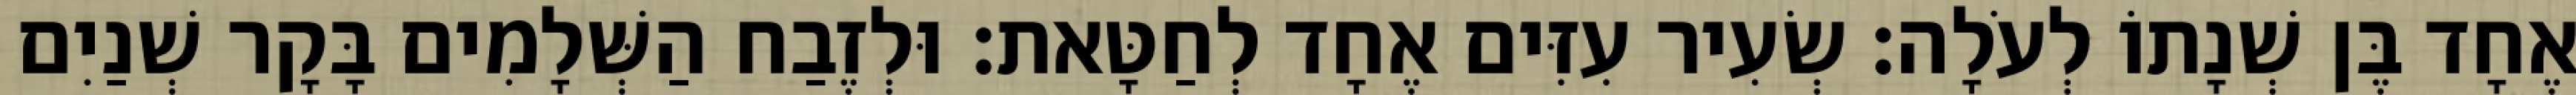
אֶחָד בֶּן שְׁנָתוֹ לְעֹלָה׃ שְׂעִיר עִזִּים אֶחָד לְחַטָּאת׃ וּלְזֶבַח הַשְּׁלָמִים בָּקָר שְׁנַיִם